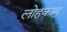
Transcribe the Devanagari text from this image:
लोहकाम